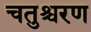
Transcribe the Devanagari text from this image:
चतुश्चरण